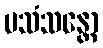
ပသံသန္တော